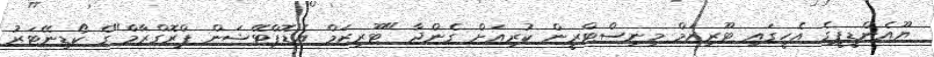
ޔޫއެންޑީޕީގެ އެހީގައި ޓޫރިޒަމް މިނިސްޓްރީން ކުރިއަށް ގެންދާ "ޓޫރިޒަމް އެޑޮޕްޓޭޝަން ޕްރޮގްރާމް"ގެ ކޯޑިނޭޓަރު